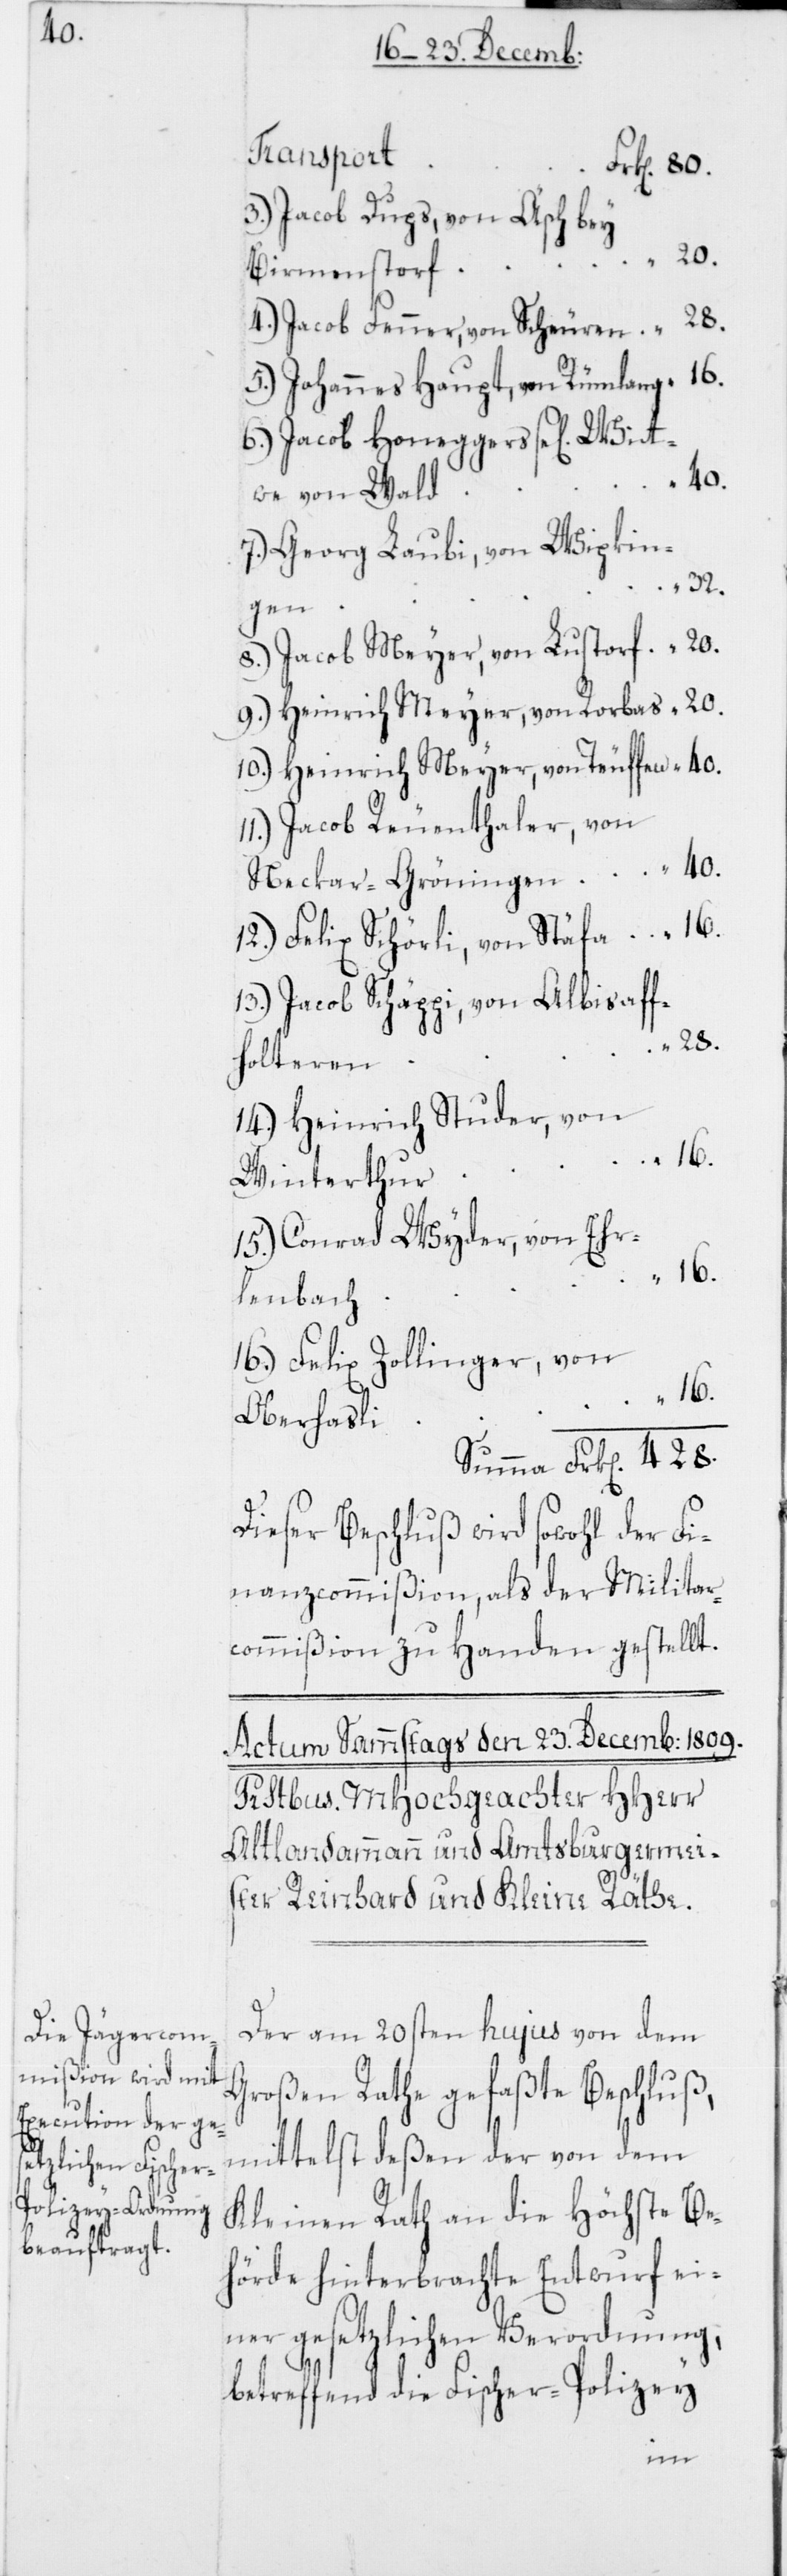
Transport
Jacob Dups, von Äsch bey
Jacob Fenner, von Scheuren
Johannes Haupt, von Rümlang
Jacob Honeggers se[lig] Witt¬
428.
we von Wald
Georg Laubi, von Wipkin¬
13.
gen
Jacob Meyer, von Lustorf
Heinrich Meyer, von Rorbas
Heinrich Meyer, von Teuffen
Jacob Reuenthaler, von
Neckar-Gröningen
Felix Schörli, von Stäfa
Jacob Schäppi, von Albisaff¬
28.
holteren
Heinrich Studer, von
Winterthur
Conrad Wyder, von Ehr¬
16.
lenbach
Felix Zollinger, von
Oberhasli
Dieser Beschluß wird sowohl der Fi¬
nanzcommißion, als der Militar¬
commißion zu Handen gestellt.
Der am 20sten hujus von dem
Großen Rathe gefaßte Beschluß,
mittelst deßen der von dem
Kleinen Rath an die Höchste Be¬
hörde hinterbrachte Entwurf ei¬
ner gesetzlichen Verordnung,
betreffend die Fischer-Polizey